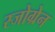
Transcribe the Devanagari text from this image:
स्जोग्रेन